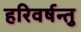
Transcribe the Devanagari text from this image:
हरिवर्षन्तु